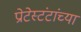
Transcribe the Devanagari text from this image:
प्रोटेस्टंटांच्या